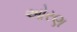
ઓરણ